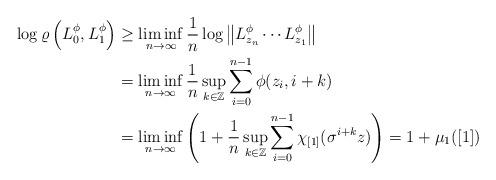
LaTeX: \begin{align*}\log\varrho\left(L_0^\phi,L_1^\phi\right)&\geq \liminf_{n \to \infty}\frac{1}{n}\log\left\|L^\phi_{z_n}\cdots L^\phi_{z_1}\right\|\\&= \liminf_{n \to \infty} \frac{1}{n}\sup_{k \in\mathbb{Z}}\sum_{i=0}^{n-1}\phi(z_i,i+k)\\&=\liminf_{n \to\infty}\left(1+\frac{1}{n}\sup_{k \in \mathbb{Z}}\sum_{i=0}^{n-1}\chi_{[1]}(\sigma^{i+k}z) \right)=1+\mu_1([1])\end{align*}